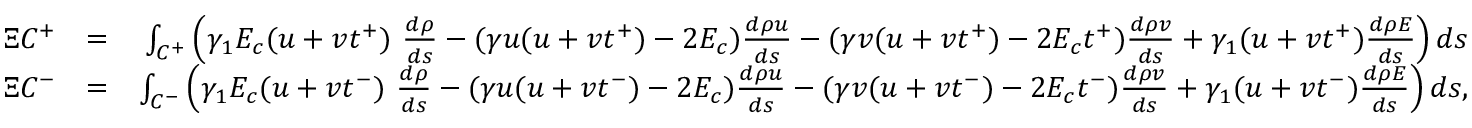
\begin{array} { r l r } { \Xi C ^ { + } } & { = } & { \int _ { { \cal C } ^ { + } } \left( \gamma _ { 1 } E _ { c } ( u + v t ^ { + } ) ~ \frac { d \rho } { d s } - ( \gamma u ( u + v t ^ { + } ) - 2 E _ { c } ) \frac { d \rho u } { d s } - ( \gamma v ( u + v t ^ { + } ) - 2 E _ { c } t ^ { + } ) \frac { d \rho v } { d s } + \gamma _ { 1 } ( u + v t ^ { + } ) \frac { d \rho E } { d s } \right) d s } \\ { \Xi C ^ { - } } & { = } & { \int _ { { \cal C } ^ { - } } \left( \gamma _ { 1 } E _ { c } ( u + v t ^ { - } ) ~ \frac { d \rho } { d s } - ( \gamma u ( u + v t ^ { - } ) - 2 E _ { c } ) \frac { d \rho u } { d s } - ( \gamma v ( u + v t ^ { - } ) - 2 E _ { c } t ^ { - } ) \frac { d \rho v } { d s } + \gamma _ { 1 } ( u + v t ^ { - } ) \frac { d \rho E } { d s } \right) d s , } \end{array}